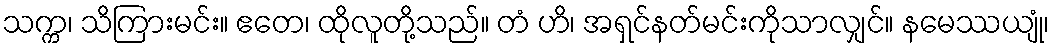
သက္က၊ သိကြားမင်း။ ဧတေ၊ ထိုလူတို့သည်။ တံ ဟိ၊ အရှင်နတ်မင်းကိုသာလျှင်။ နမေဿယျုံ၊